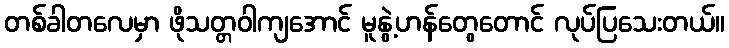
တစ်ခါတလေမှာ ဖိုသတ္တဝါကျအောင် မူနွဲ့ဟန်တွေတောင် လုပ်ပြသေးတယ်။